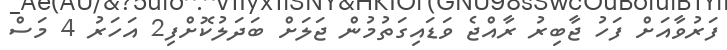
ފަރުވާއަށް ފަހު ޖާބިރު ރާއްޖެ ވަޑައިގަތުމުން ޖަލަށް ބަދަލުކޮށްފި2 އަހަރު 4 މަސް